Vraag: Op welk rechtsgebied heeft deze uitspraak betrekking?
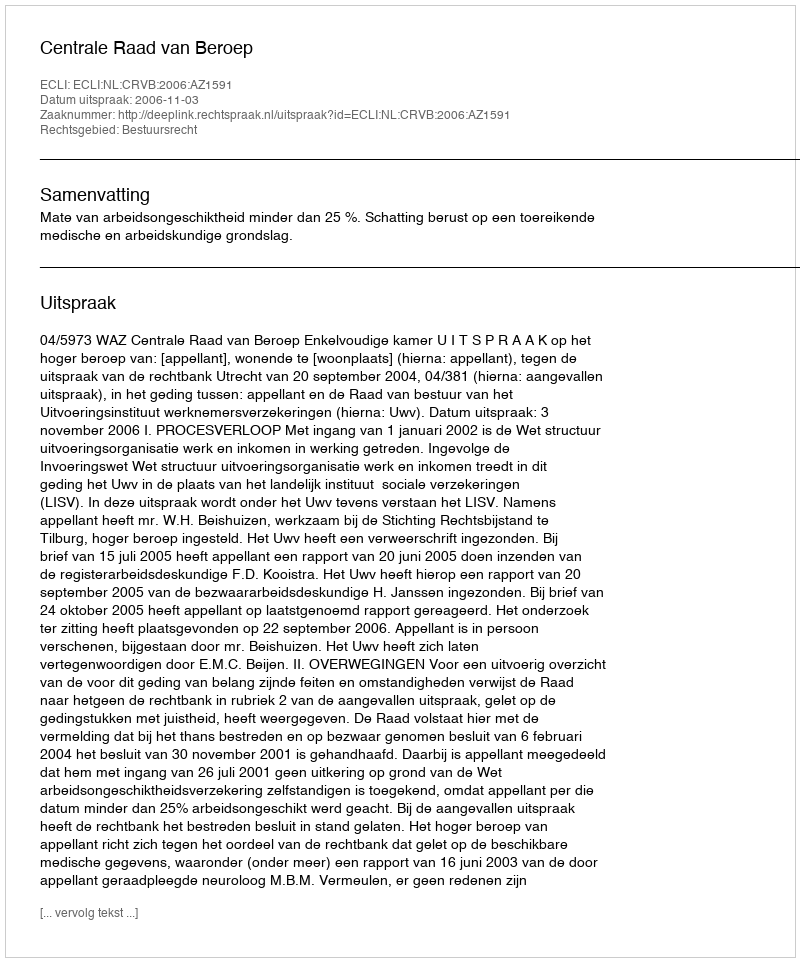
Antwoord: Bestuursrecht